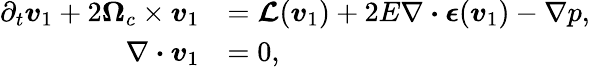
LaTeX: \begin{array}{rl}{\partial_{t}\boldsymbol{v}_{1}+2\boldsymbol{\Omega}_{c}\times\boldsymbol{v}_{1}}&{=\boldsymbol{\mathcal{L}}(\boldsymbol{v}_{1})+2E\nabla\boldsymbol{\cdot}\boldsymbol{\epsilon}(\boldsymbol{v}_{1})-\nabla p,}\\ {\nabla\boldsymbol{\cdot}\boldsymbol{v}_{1}}&{=0,}\end{array}